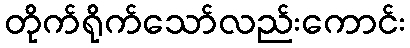
တိုက်ရိုက်သော်လည်းကောင်း